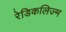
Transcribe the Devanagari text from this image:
रेडिकलिज्म